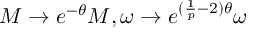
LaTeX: M \rightarrow e ^ { - \theta } M , \omega \rightarrow e ^ { ( \frac { 1 } { p } - 2 ) \theta } \omega